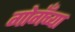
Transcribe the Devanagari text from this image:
गोगँच्या